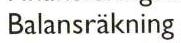
Balansräkning